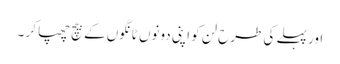
اور پہلے کی طرح لن کو اپنی دونوں ٹانگوں کے بیچ چھپا کر ۔